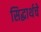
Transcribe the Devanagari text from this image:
सिद्धार्थचे